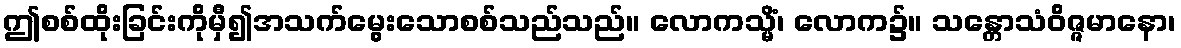
ဤစစ်ထိုးခြင်းကိုမှီ၍အသက်မွေးသောစစ်သည်သည်။ လောကသ္မိံ၊ လောက၌။ သန္တောသံဝိဇ္ဇမာနော၊